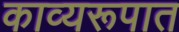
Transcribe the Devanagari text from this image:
काव्यरूपात